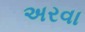
અરવા